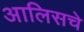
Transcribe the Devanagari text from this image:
आलिसचे